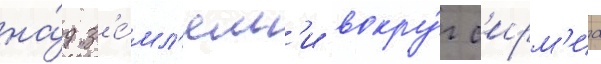
на́д з'е́мл'ям'и вокру́г с'ирм'иа